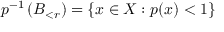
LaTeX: p ^ { - 1 } \left( B _ { < r } \right) = \left\{ x \in X : p ( x ) < 1 \right\}